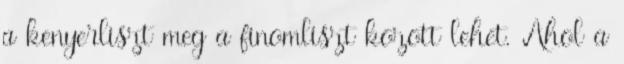
a kenyerliszt meg a finomliszt kozott lehet. Ahol a